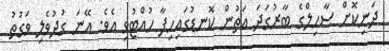
ދަނިކޮށް ސާހިލްގެ ބާރުގަދަ އަތުން ކޮނޑުގައިހިފާ ހުއްޓުވި އެވެ. އޭނަ ގުދުވެލި ވަގުތު